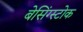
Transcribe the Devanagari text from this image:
बेसिंग्स्टोक